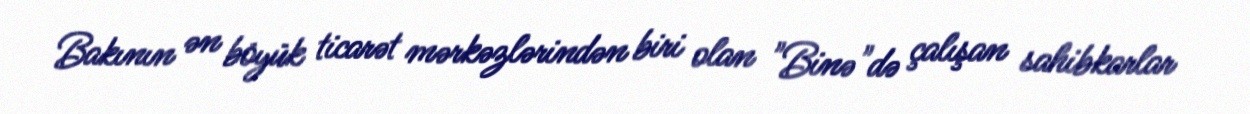
Bakının ən böyük ticarət mərkəzlərindən biri olan "Binə"də çalışan sahibkarlar